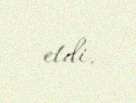
etdi.